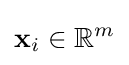
\mathbf {x} _{i}\in \mathbb {R} ^{m}